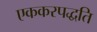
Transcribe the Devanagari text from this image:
एककरपद्धति